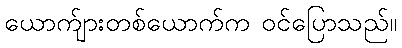
ယောက်ျားတစ်ယောက်က ဝင်ပြောသည်။